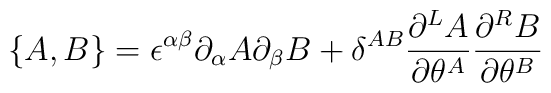
\{ A,B\} =\epsilon^{\alpha\beta}\partial_\alpha A\partial_\beta B+\delta^{AB}\frac{\partial^LA}{\partial\theta^A}\frac{\partial^RB}{\partial\theta^B}